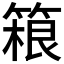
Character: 𬕤